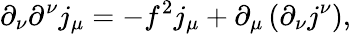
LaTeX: \partial_{\nu}\partial^{\nu}j_{\mu}=-f^{2}j_{\mu}+\partial_{\mu}\left(\partial_{\nu}j^{\nu}\right),